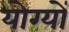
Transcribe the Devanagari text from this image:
योग्यों